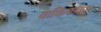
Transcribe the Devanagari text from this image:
वाकिफकार